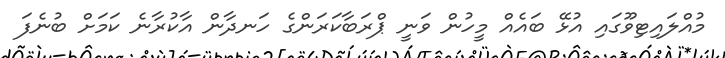
މުއްލައިޓިވޫގައި އުޅޭ ބައެއް މީހުން ވަނީ ޕްރަބާކަރަންގެ ހަނދާން އާކުރާނެ ކަމަށް ބުނެފަ